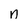
Character: n